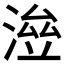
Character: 𣸓